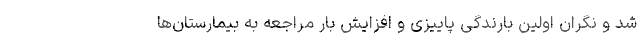
شد و نگران اولین بارندگی پاییزی و افزایش بار مراجعه به بیمارستان‌ها